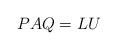
LaTeX: \begin{align*}PAQ = LU\end{align*}